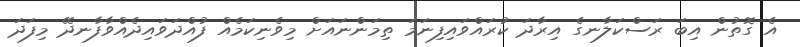
އެ ގޮތުން އިބަ ރަސްކަލާނގެ އިރާދަ ކުރައްވައިފިނަމަ ތިމަންނައަށް މިވެނިކަމެއް ފުއްދަވައިދެއްވާފާނދޭ މިފަދަ